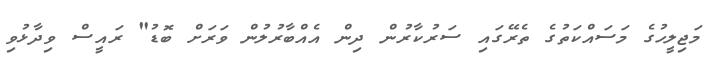
މަޖިލީހުގެ މަސައްކަތުގެ ތެރޭގައި ސަރުކާރުން ދިން އެއްބާރުލުން ވަރަށް ބޮޑު" ރައީސް ވިދާޅުވި